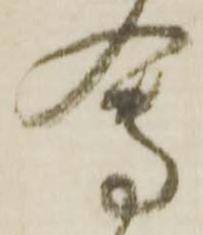
會